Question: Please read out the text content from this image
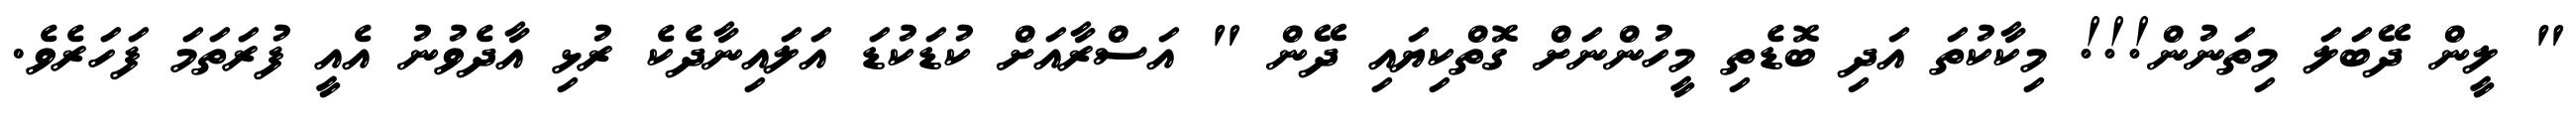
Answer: " ލީން ދޭބަލަ މިތަނުން!!! މިކާކުތަ އަދި ބޮޑެތި މީހުންނަށް ގޮތްކިޔައި ދޭން " އަސްރާއަށް ކުޑަކުޑަ އަލައިނާދެކެ ރުޅި އާދެވުނު އެއީ ފުރަތަމަ ފަހަރެވެ.